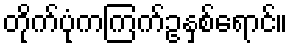
တိုက်ပုံကကြက်ဥနှစ်ရောင်။